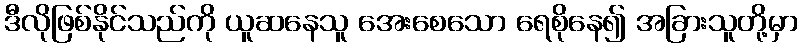
ဒီလိုဖြစ်နိုင်သည်ကို ယူဆနေသူ အေးစေသော ရေစိုနေ၍ အခြားသူတို့မှာ